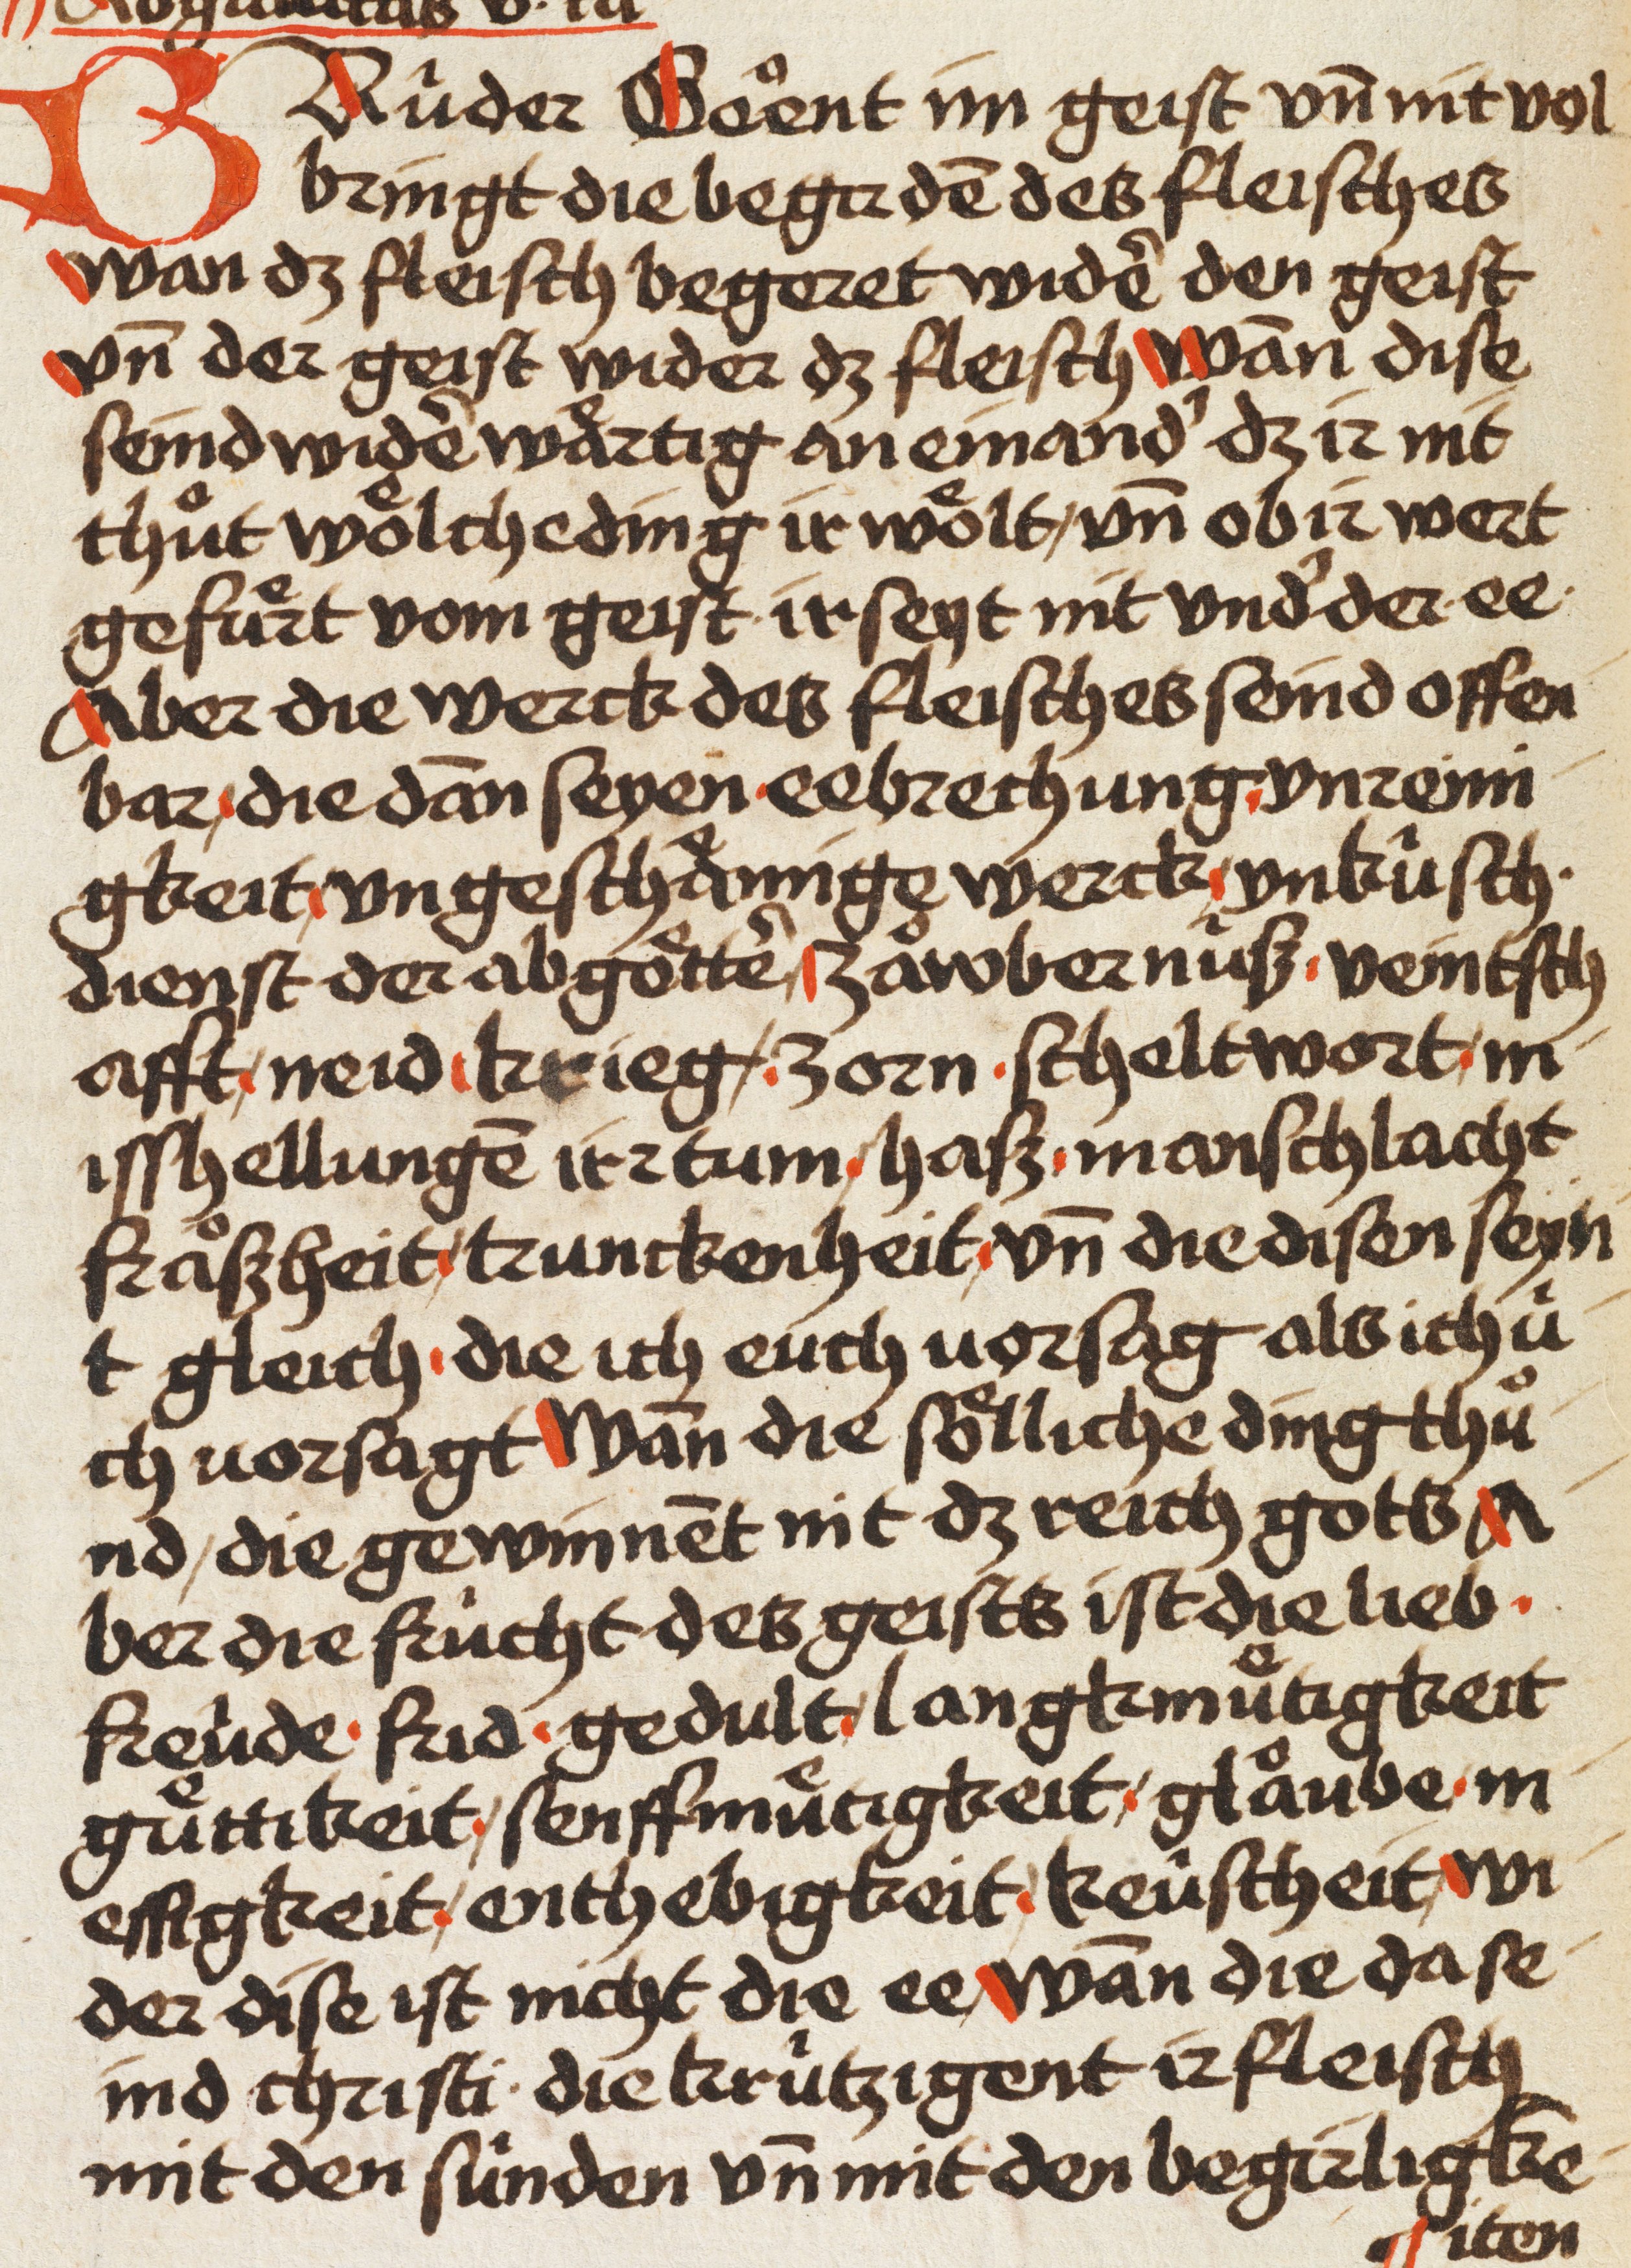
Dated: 1480–1480